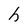
Character: h